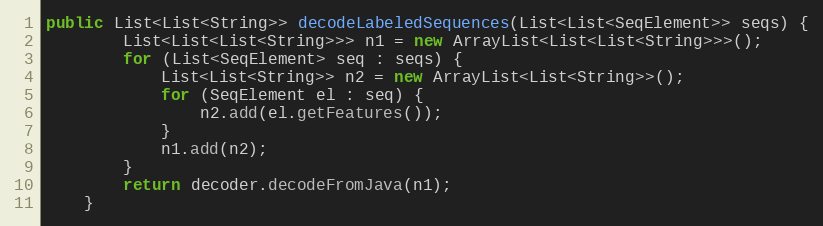
Language: Java
public List<List<String>> decodeLabeledSequences(List<List<SeqElement>> seqs) {
		List<List<List<String>>> n1 = new ArrayList<List<List<String>>>();
		for (List<SeqElement> seq : seqs) {
			List<List<String>> n2 = new ArrayList<List<String>>();
			for (SeqElement el : seq) {
				n2.add(el.getFeatures());
			}
			n1.add(n2);
		}
		return decoder.decodeFromJava(n1);
	}